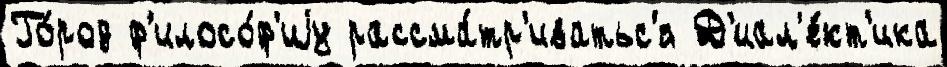
Го́род ф'илосо́ф'иjу рассма́тр'иватьс'я Д'иал'е́кт'ика